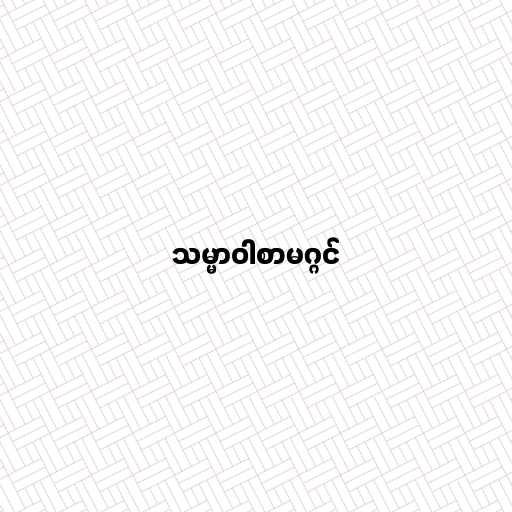
သမ္မာဝါစာမဂ္ဂင်